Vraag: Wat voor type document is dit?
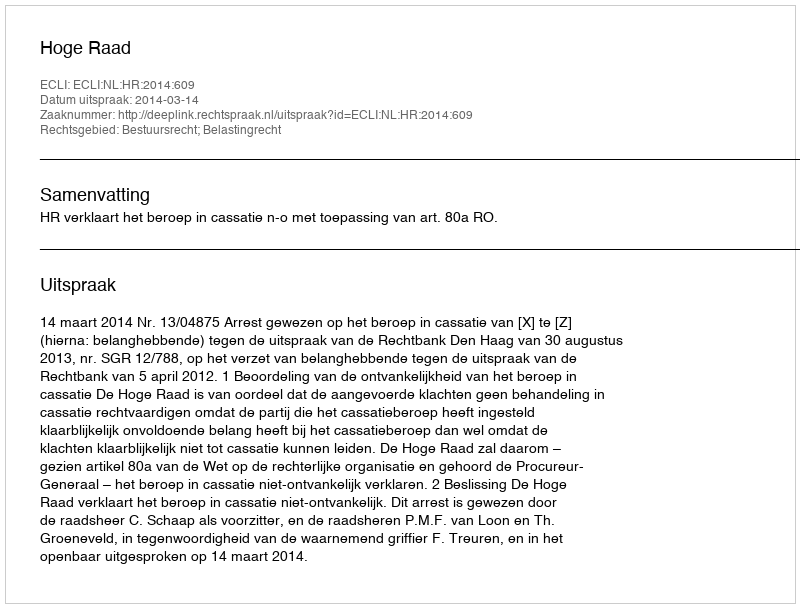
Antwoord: Uitspraak